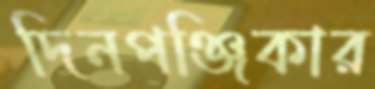
দিনপঞ্জিকার